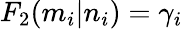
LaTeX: F_{2}(m_{i}|n_{i})=\gamma_{i}